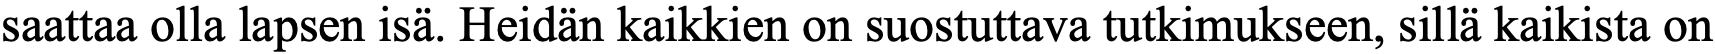
saattaa olla lapsen isä. Heidän kaikkien on suostuttava tutkimukseen, sillä kaikista on